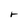
Character: r